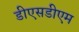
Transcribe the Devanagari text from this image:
डीएसडीएम